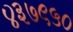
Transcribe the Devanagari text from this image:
४३७९५०